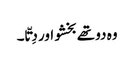
وہ دو تھے بخشو اور دِتّا ۔